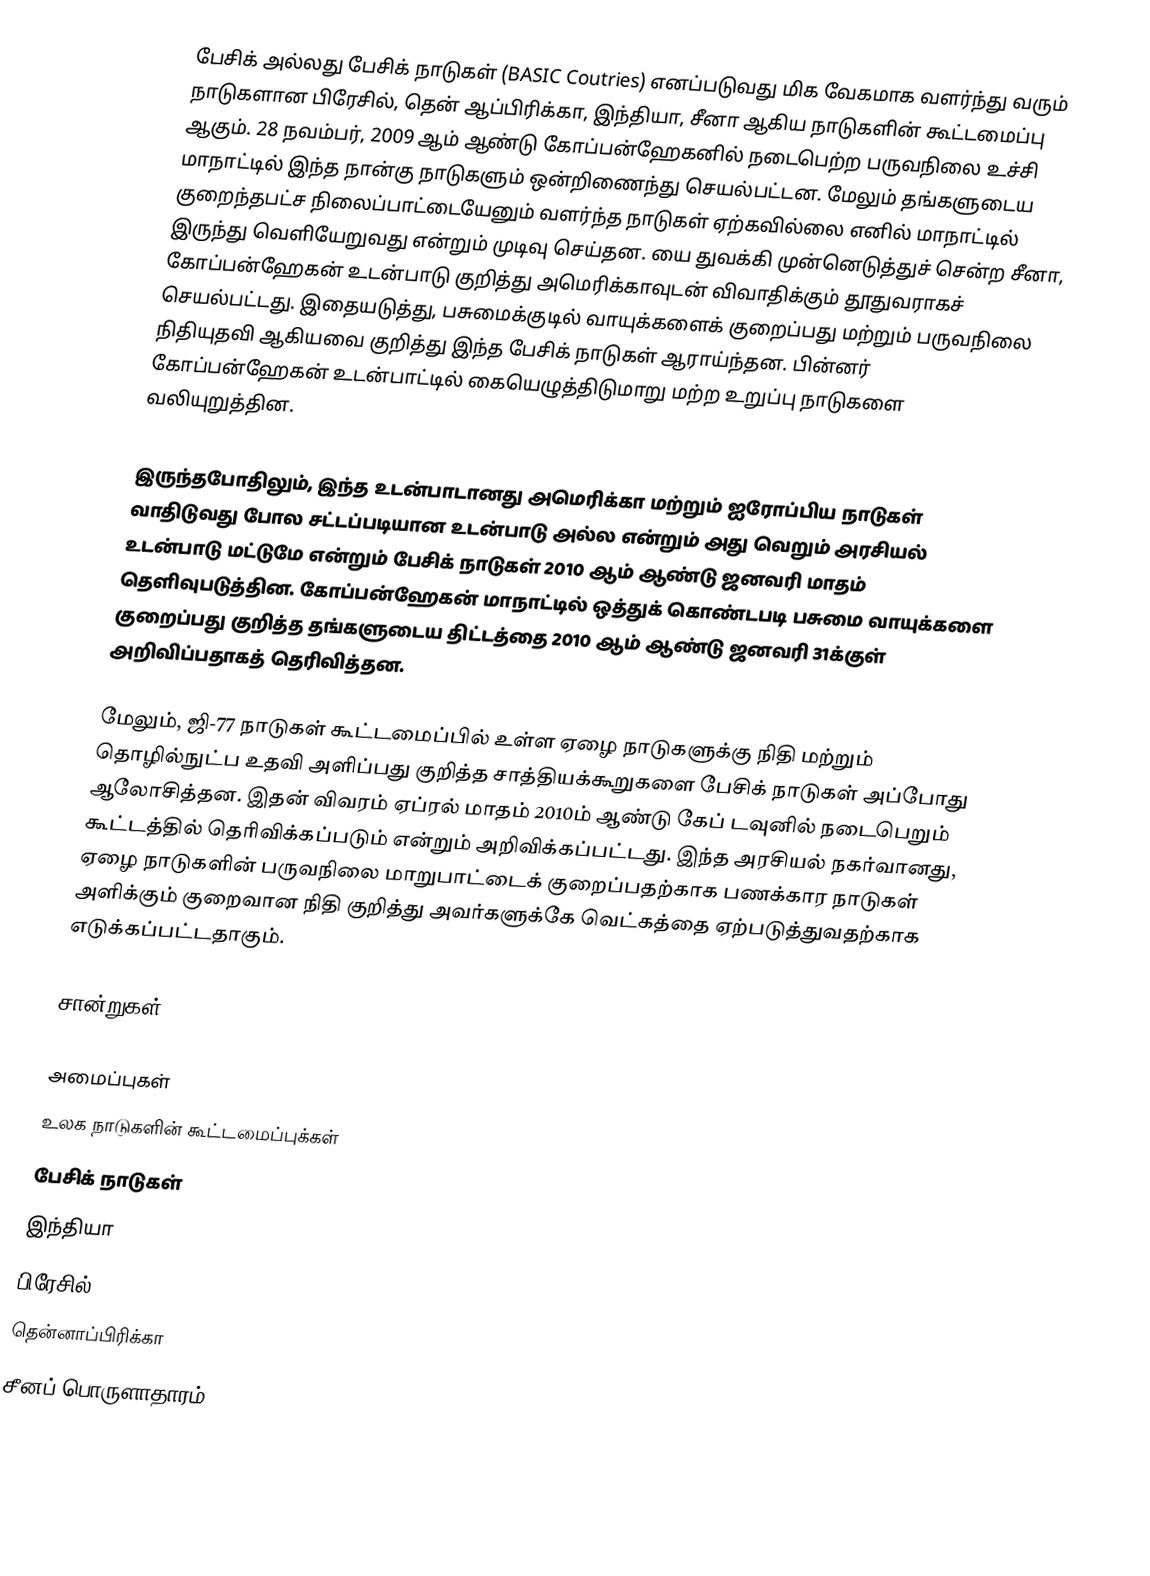
பேசிக் அல்லது பேசிக் நாடுகள் (BASIC Coutries) எனப்படுவது மிக வேகமாக வளர்ந்து வரும் நாடுகளான பிரேசில், தென் ஆப்பிரிக்கா, இந்தியா, சீனா ஆகிய நாடுகளின் கூட்டமைப்பு ஆகும். 28 நவம்பர், 2009 ஆம் ஆண்டு கோப்பன்ஹேகனில் நடைபெற்ற பருவநிலை உச்சி மாநாட்டில் இந்த நான்கு நாடுகளும் ஒன்றிணைந்து செயல்பட்டன. மேலும் தங்களுடைய குறைந்தபட்ச நிலைப்பாட்டையேனும் வளர்ந்த நாடுகள் ஏற்கவில்லை எனில் மாநாட்டில் இருந்து வெளியேறுவது என்றும் முடிவு செய்தன. யை துவக்கி முன்னெடுத்துச் சென்ற சீனா, கோப்பன்ஹேகன் உடன்பாடு குறித்து அமெரிக்காவுடன் விவாதிக்கும் தூதுவராகச் செயல்பட்டது. இதையடுத்து, பசுமைக்குடில் வாயுக்களைக் குறைப்பது மற்றும் பருவநிலை நிதியுதவி ஆகியவை குறித்து இந்த பேசிக் நாடுகள் ஆராய்ந்தன. பின்னர் கோப்பன்ஹேகன் உடன்பாட்டில் கையெழுத்திடுமாறு மற்ற உறுப்பு நாடுகளை வலியுறுத்தின.

இருந்தபோதிலும், இந்த உடன்பாடானது அமெரிக்கா மற்றும் ஐரோப்பிய நாடுகள் வாதிடுவது போல சட்டப்படியான உடன்பாடு அல்ல என்றும் அது வெறும் அரசியல் உடன்பாடு மட்டுமே என்றும் பேசிக் நாடுகள் 2010 ஆம் ஆண்டு ஜனவரி மாதம் தெளிவுபடுத்தின. கோப்பன்ஹேகன் மாநாட்டில் ஒத்துக் கொண்டபடி பசுமை வாயுக்களை குறைப்பது குறித்த தங்களுடைய திட்டத்தை 2010 ஆம் ஆண்டு ஜனவரி 31க்குள் அறிவிப்பதாகத் தெரிவித்தன.

மேலும், ஜி-77 நாடுகள் கூட்டமைப்பில் உள்ள ஏழை நாடுகளுக்கு நிதி மற்றும் தொழில்நுட்ப உதவி அளிப்பது குறித்த சாத்தியக்கூறுகளை பேசிக் நாடுகள் அப்போது ஆலோசித்தன. இதன் விவரம் ஏப்ரல் மாதம் 2010ம் ஆண்டு கேப் டவுனில் நடைபெறும் கூட்டத்தில் தெரிவிக்கப்படும் என்றும் அறிவிக்கப்பட்டது. இந்த அரசியல் நகர்வானது, ஏழை நாடுகளின் பருவநிலை மாறுபாட்டைக் குறைப்பதற்காக பணக்கார நாடுகள் அளிக்கும் குறைவான நிதி குறித்து அவர்களுக்கே வெட்கத்தை ஏற்படுத்துவதற்காக எடுக்கப்பட்டதாகும்.

சான்றுகள்

அமைப்புகள்
உலக நாடுகளின் கூட்டமைப்புக்கள்
பேசிக் நாடுகள்
இந்தியா
பிரேசில்
தென்னாப்பிரிக்கா
சீனப் பொருளாதாரம்